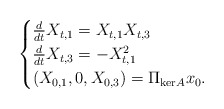
\begin{align*} \begin{cases}\frac{d}{dt}X_{t,1}= X_{t,1}X_{t,3} \\ \frac{d}{dt}X_{t,3} = -X_{t,1}^2 \\ (X_{0,1},0,X_{0,3}) = \Pi_{\mathrm{ker}A} x_0.\end{cases}\end{align*}